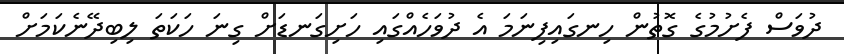
ދުވަސް ފެށުމުގެ ގޮތުން ހިނގައިފިނަމަ އެ ދުވަހެއްގައި ހަށިގަނޑަށް ގިނަ ހަކަތަ ލިބިދޭނެކަމަށް